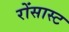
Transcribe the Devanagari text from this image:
रोंसास्ट